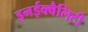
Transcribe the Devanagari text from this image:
इनईक्वैलिटी